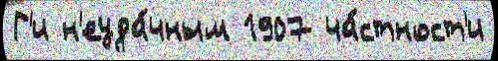
Г'и н'еуда́чным 1907 ча́стност'и